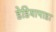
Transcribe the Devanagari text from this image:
डेडियापाडा